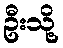
ဦးသို့